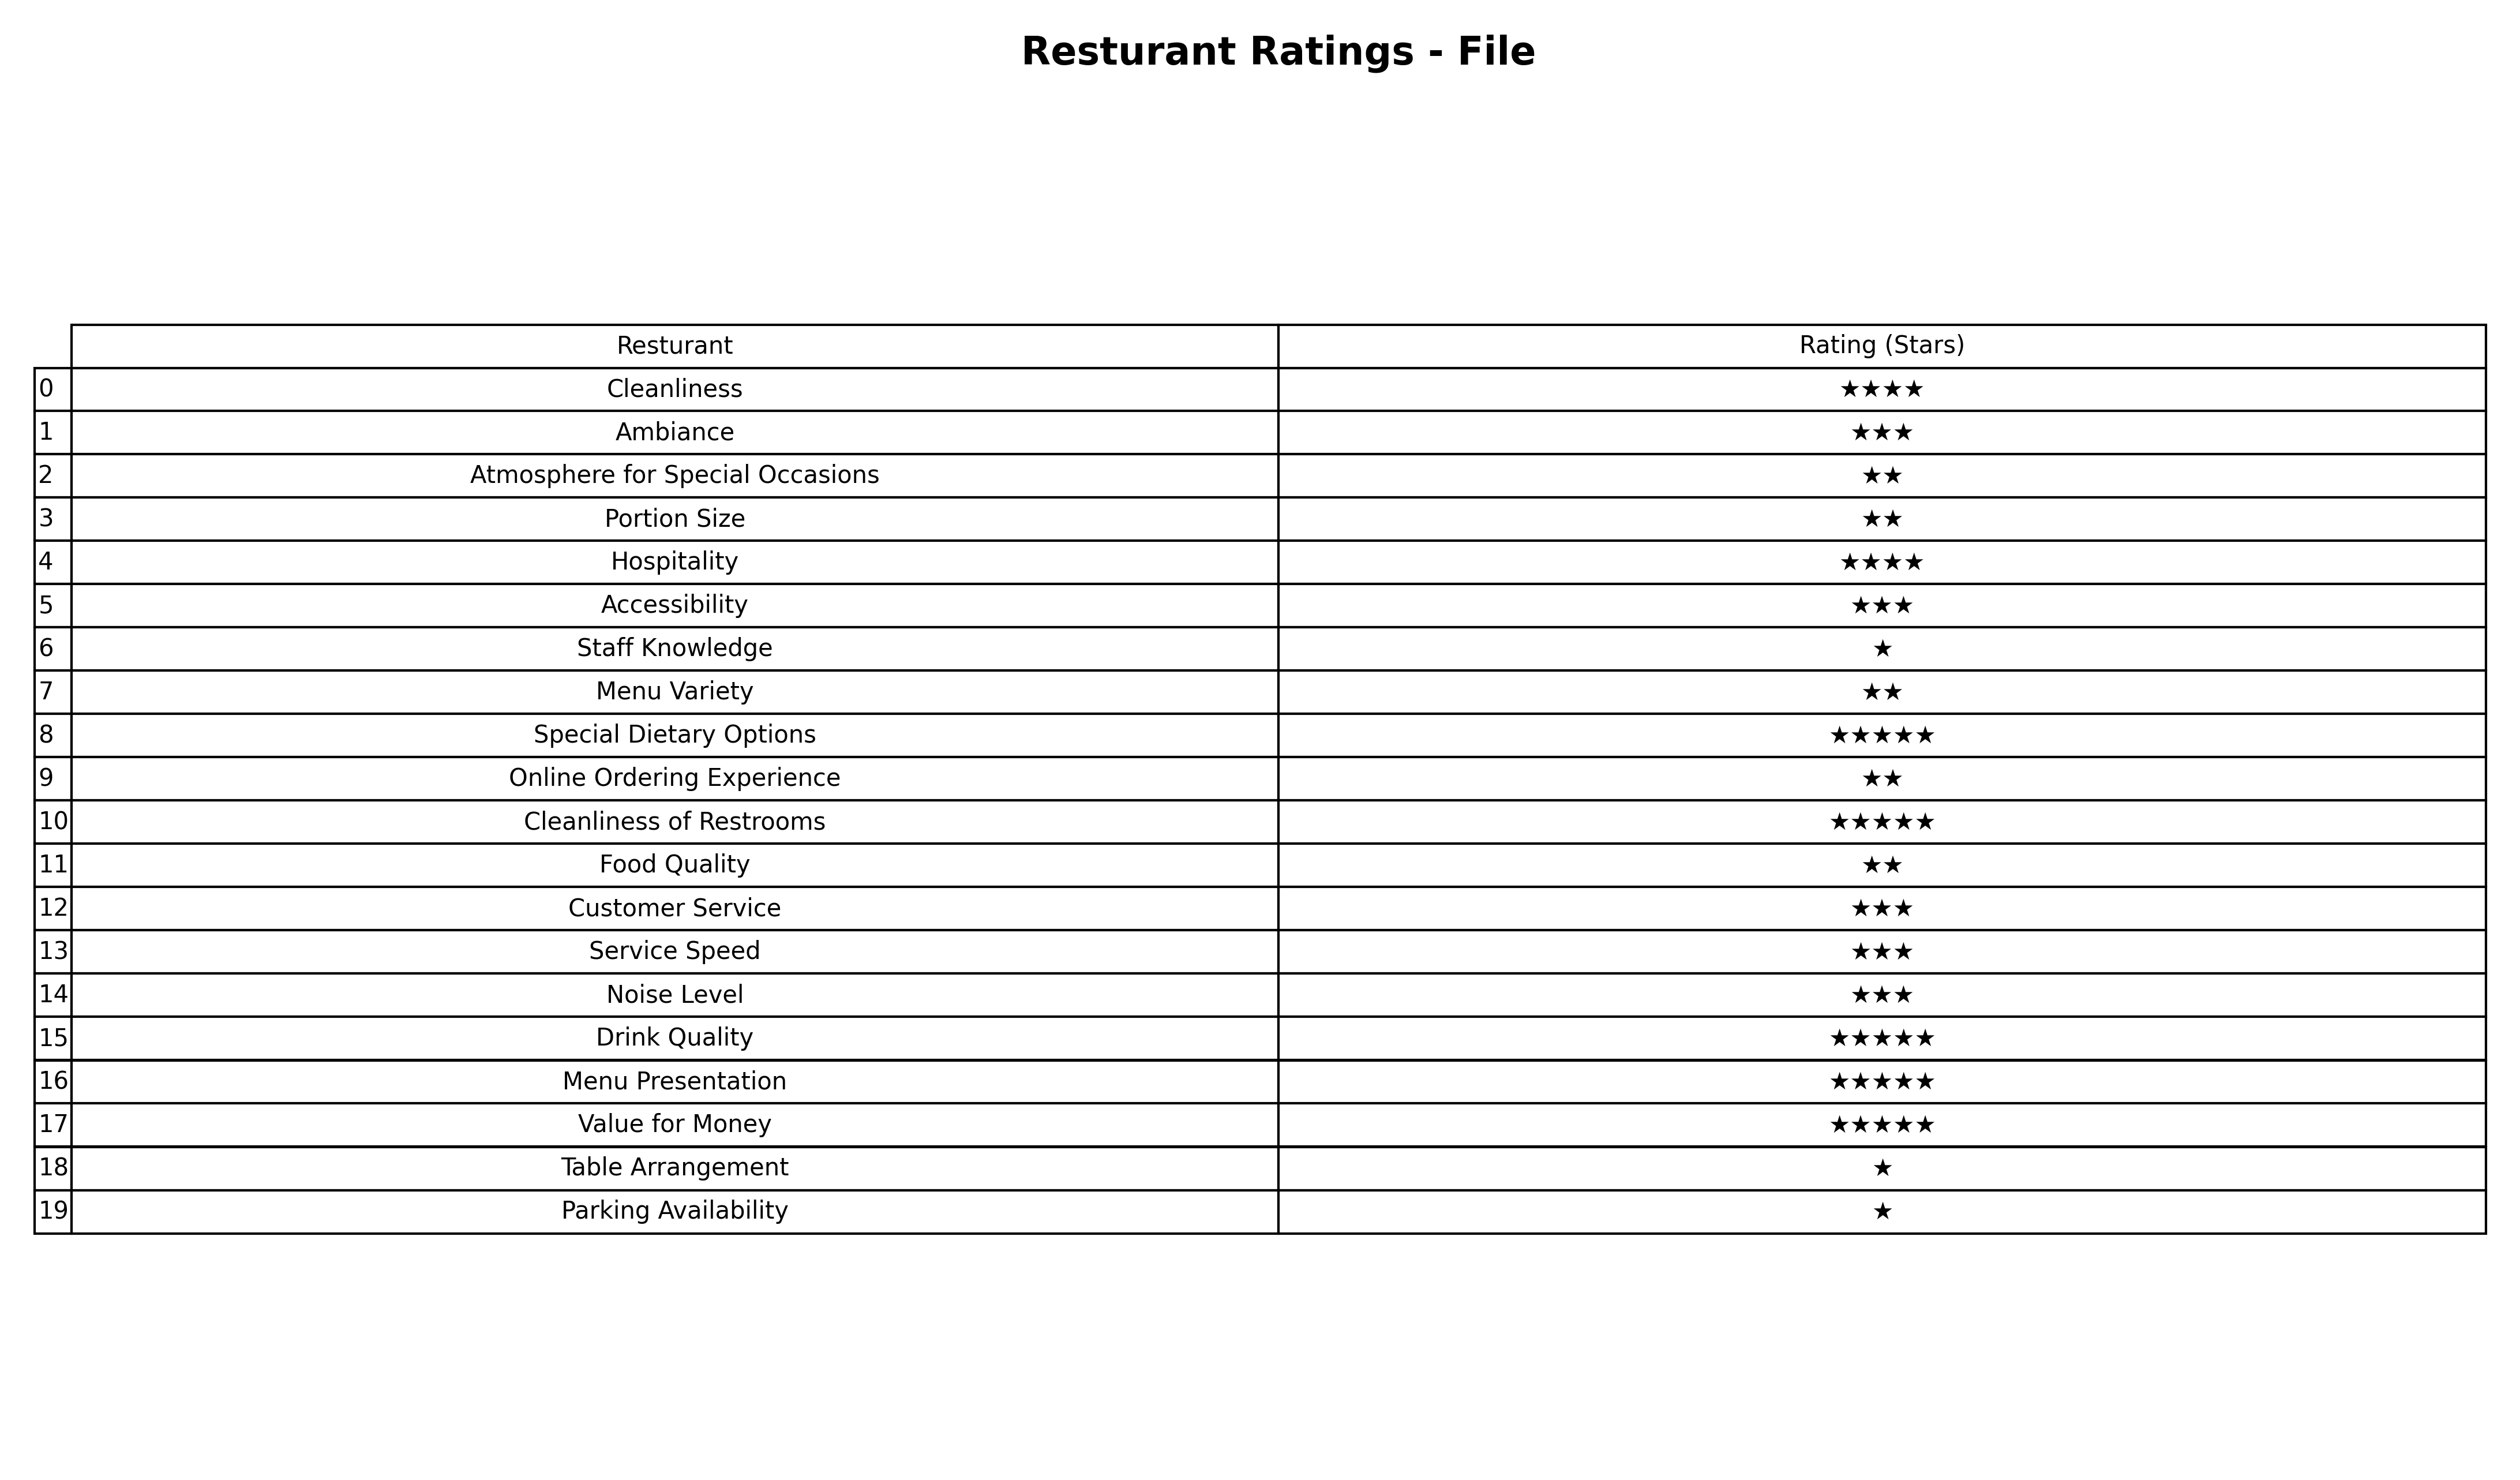
question: What is the rating of Special Dietary Options?
answer: ★★★★★